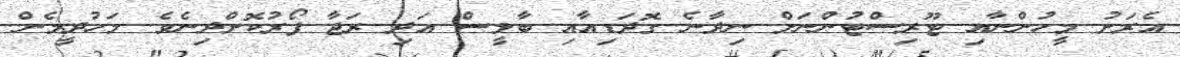
އެރަށު މީހުންނާއި ޓޫރިސްޓުންނަށް ނިދާނެ ގޮދަޑިއާއި ބާލީސް އަދި ރަޖާ ފޯރުކޮށްދިނެވެ. މަހުދީމެން